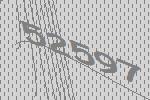
52597